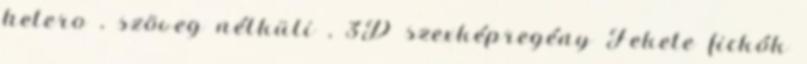
hetero , szöveg nélküli , 3D szexképregény Fekete fickók